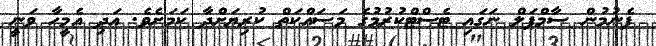
ފެނުމުން ސާމްޕަލް ނަގައި ޓެސްޓްކުރުމުގެ މަސައްކަތް ކުރިޔަށްދާ ކަމަށެވެ. އަދި އެމީހާ ވަނީ